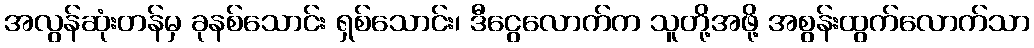
အလွန်ဆုံးတန်မှ ခုနစ်သောင်း ရှစ်သောင်း၊ ဒီငွေလောက်က သူတို့အဖို့ အစွန်းထွက်လောက်သာ